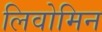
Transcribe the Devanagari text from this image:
लिवोमिन